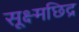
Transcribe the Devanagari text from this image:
सूक्ष्मछिद्र